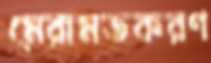
মেরামতকরণ